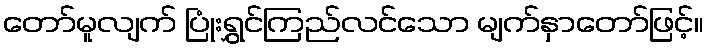
တော်မူလျက် ပြုံးရွှင်ကြည်လင်သော မျက်နှာတော်ဖြင့်။